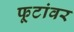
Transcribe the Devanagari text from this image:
फूटांवर